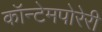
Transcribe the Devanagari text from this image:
कॉन्टेमपोरेरी